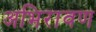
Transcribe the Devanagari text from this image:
अभिरावण